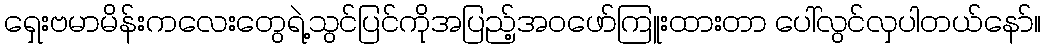
ရှေးဗမာမိန်းကလေးတွေရဲ့သွင်ပြင်ကိုအပြည့်အဝဖော်ကြူးထားတာ ပေါ်လွင်လှပါတယ်နော်။